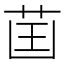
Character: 𦮒